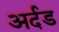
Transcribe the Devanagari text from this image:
अर्दड